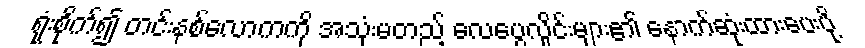
ရုံးစိုက်၍ တင်းနစ်လောကကို အသုံးမတည့် လေပွေလှိုင်းများ၏ နောက်ဆုံးထားပေးပို့